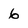
Character: 6